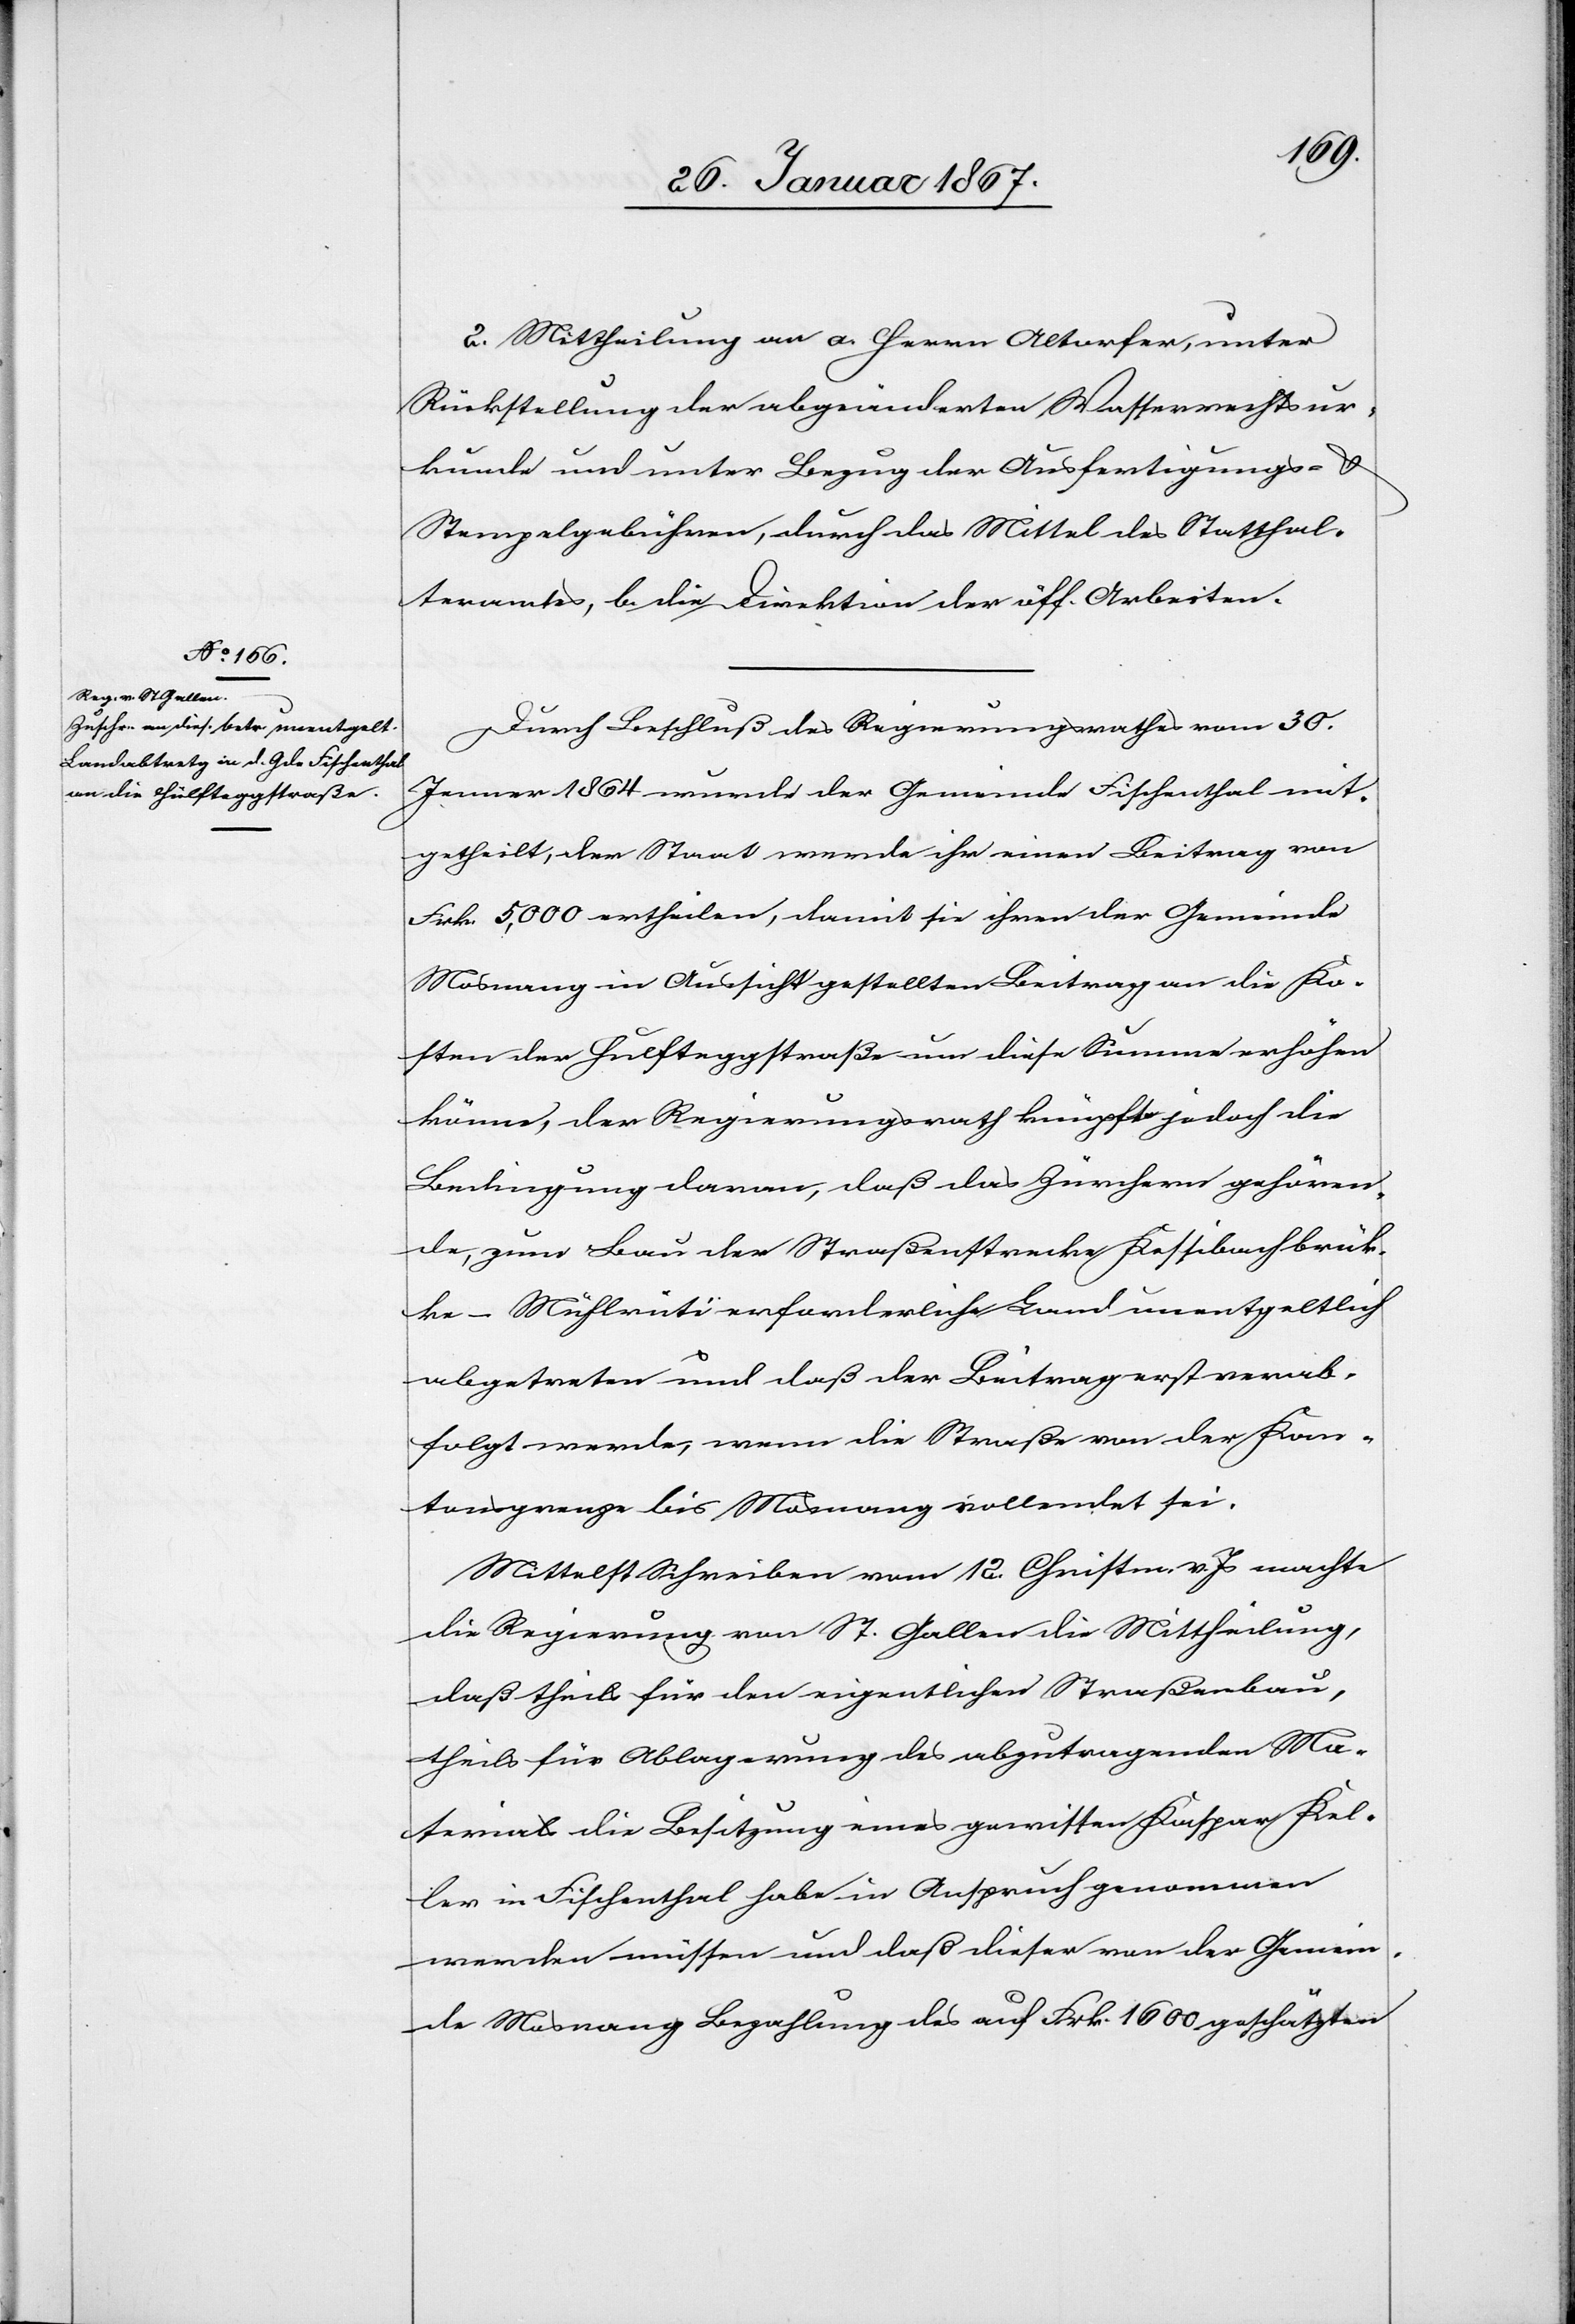
2. Mittheilung an a. Herrn Altorfer, unter
Rückstellung der abgeänderten Wasserrechtsur¬
kunde und unter Bezug der Ausfertigungs- &
Stempelgebühren, durch das Mittel des Statthal¬
teramtes, b. die Direktion der öff. Arbeiten.
Durch Beschluß des Regierungsrathes vom 30.
Jenner 1864 wurde der Gemeinde Fischenthal mit¬
getheilt, der Staat werde ihr einen Beitrag von
Frk. 5,000 ertheilen, damit sie ihren der Gemeinde
Mosnang in Aussicht gestellten Beitrag an die Ko¬
sten der Hulfteggstraße um diese Summe erhöhen
könne, der Regierungsrath knüpft jedoch die
Bedingung daran, daß das Zürchern gehören¬
de, zum Bau der Straßenstrecke Kessibachbrüc¬
ke-Mühlrüti erforderliche Land unentgeltlich
abgetreten und daß der Beitrag erst verab¬
folgt werde, wenn die Straße von der Kan¬
tonsgrenze bis Mosnang vollendet sei.
Mittelst Schreiben vom 12. Christm v. Js machte
die Regierung von St. Gallen die Mittheilung,
daß theils für den eigentlichen Straßenbau,
theils für Ablagerung des abzutragenden Ma¬
terials die Besitzung eines gewissen Kaspar Kel¬
ler in Fischenthal habe in Anspruch genommen
werden müssen und daß dieser von der Gemein¬
de Mosnang Bezahlung des auf Frk. 1600 geschätzten